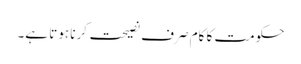
حکومت کا کام صرف نصیحت کرنا ہوتا ہے۔